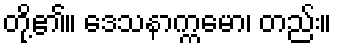
တို့၏။ ဒေသနာက္ကမော၊ တည်း။